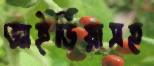
আইডিয়াসহ